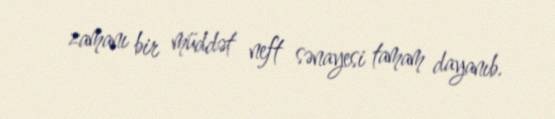
zamanı bir müddət neft sənayesi tamam dayanıb.